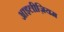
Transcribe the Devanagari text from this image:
आइलीज़ियम